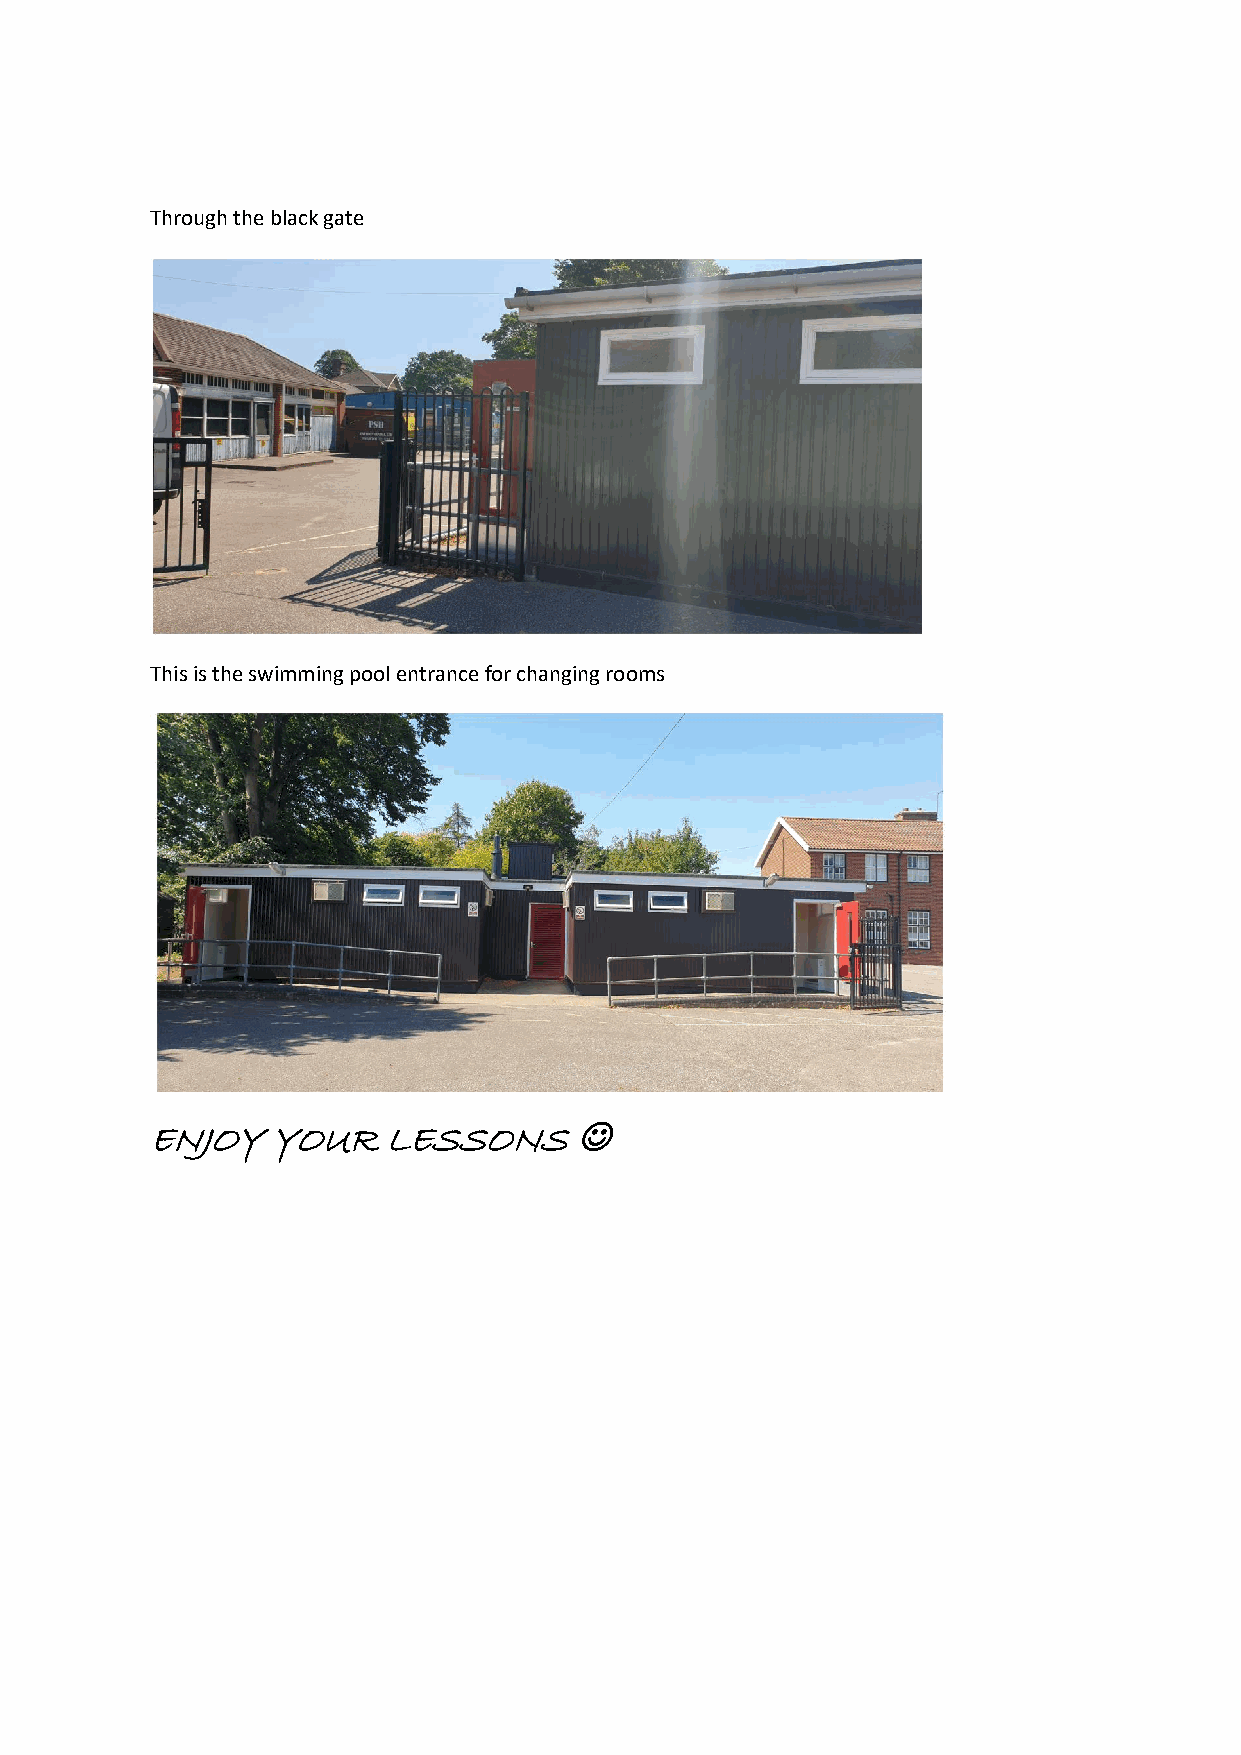
Through the black gate
 This is the swimming pool entrance for changing rooms
 ENJOY   YOUR   LESSONS      